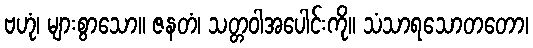
ဗဟုံ၊ များစွာသော။ ဇနတံ၊ သတ္တဝါအပေါင်းကို။ သံသာရသောတတော၊